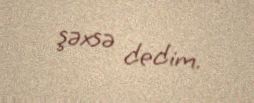
şəxsə dedim.